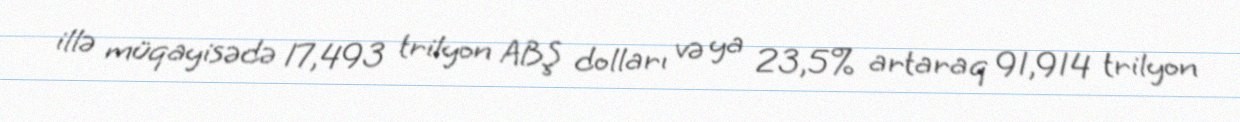
illə müqayisədə 17,493 trilyon ABŞ dolları və ya 23,5% artaraq 91,914 trilyon